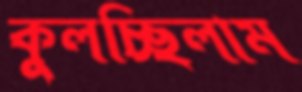
কুলচ্ছিলাম